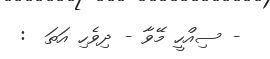
- ސިއްހީ މޭވާ - ދިވެހި އަތަ  :